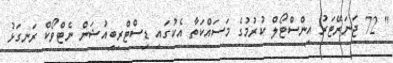
" 72 ޖަނަރޭޓަރު އިންސްޓޯލް ކުރުމުގެ މަސައްކަތާ އެކުގައި ޑިސްޓްރިބިއުޝަން ނެޓްވޯކް ރަނގަޅު